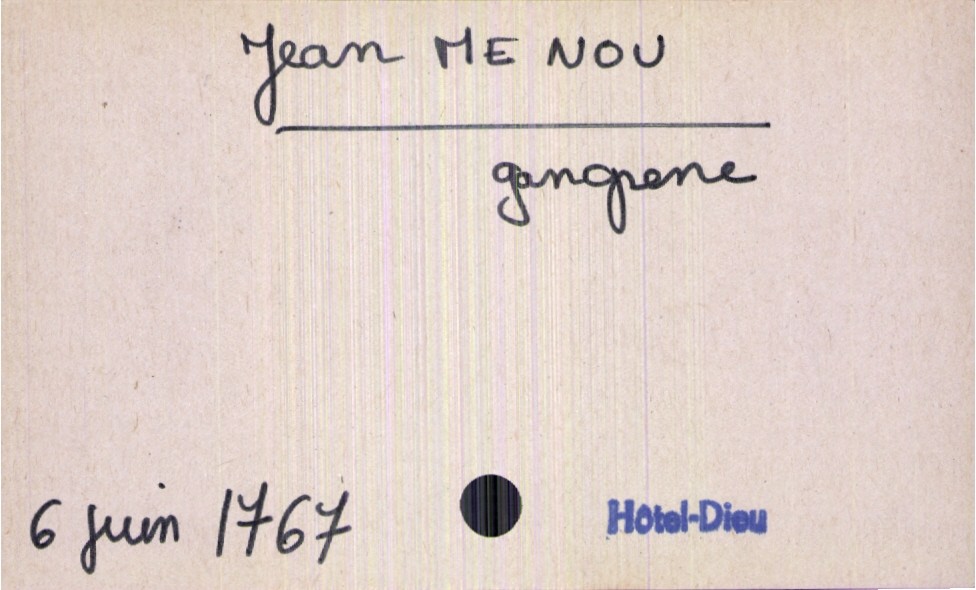
type_acte: Décès
année: 1767
mois: juin
jour: 6
paroisse: Hôtel-Dieu
observations: cause de la mort : gangrène
défunt_nom: Menou
défunt_prénom: Jean
défunt_sexe: H